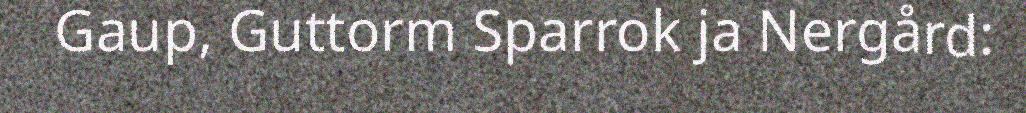
Gaup, Guttorm Sparrok ja Nergård: